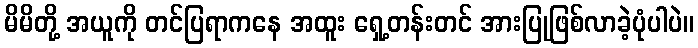
မိမိတို့ အယူကို တင်ပြရာကနေ အထူး ရှေ့တန်းတင် အားပြုဖြစ်လာခဲ့ပုံပါပဲ။